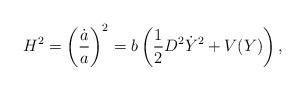
LaTeX: \begin{align*}H^2 = \left({\dot a \over a}\right)^2 = b\left({1\over 2} D^2\dot Y^2 +V(Y)\right),\end{align*}